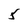
Character: 5